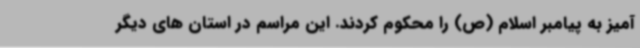
آمیز به پیامبر اسلام (ص) را محکوم کردند. این مراسم در استان های دیگر